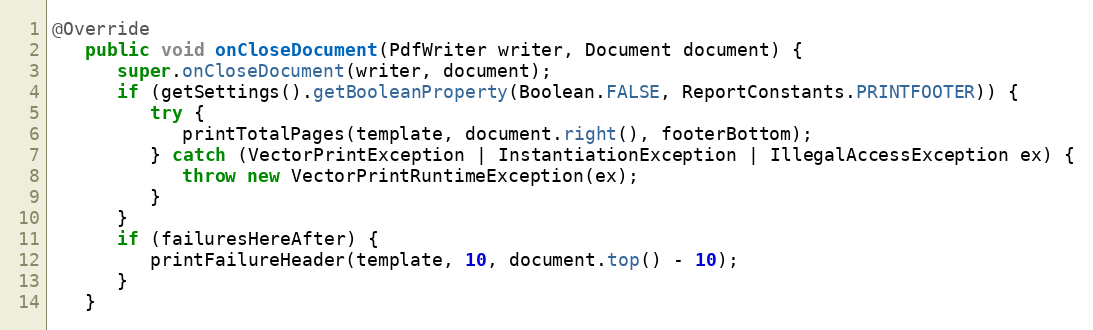
Language: Java
@Override
   public void onCloseDocument(PdfWriter writer, Document document) {
      super.onCloseDocument(writer, document);
      if (getSettings().getBooleanProperty(Boolean.FALSE, ReportConstants.PRINTFOOTER)) {
         try {
            printTotalPages(template, document.right(), footerBottom);
         } catch (VectorPrintException | InstantiationException | IllegalAccessException ex) {
            throw new VectorPrintRuntimeException(ex);
         }
      }
      if (failuresHereAfter) {
         printFailureHeader(template, 10, document.top() - 10);
      }
   }